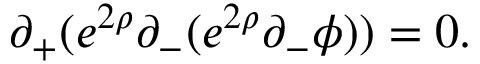
\partial _ { + } ( e ^ { 2 \rho } \partial _ { - } ( e ^ { 2 \rho } \partial _ { - } \phi ) ) = 0 .